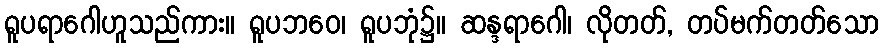
ရူပရာဂေါဟူသည်ကား။ ရူပဘဝေ၊ ရူပဘုံ၌။ ဆန္ဒရာဂေါ၊ လိုတတ်, တပ်မက်တတ်သော